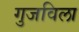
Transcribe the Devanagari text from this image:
गुजविला